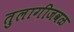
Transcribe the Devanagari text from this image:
तुलागीजवळ